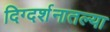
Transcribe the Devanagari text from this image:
दिग्दर्शनातल्या